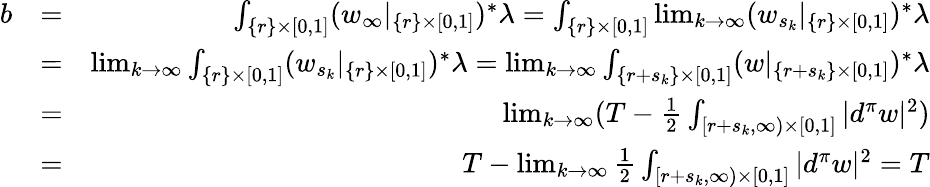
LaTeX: \begin{array}{rlr}{b}&{=}&{\int_{\{ r\} \times[0,1]}(w_{\infty}|_{\{ r\} \times[0,1]})^{*}\lambda=\int_{\{ r\} \times[0,1]}\operatorname*{lim}_{k\to\infty}(w_{s_{k}}|_{\{ r\} \times[0,1]})^{*}\lambda}\\ &{=}&{\operatorname*{lim}_{k\to\infty}\int_{\{ r\} \times[0,1]}(w_{s_{k}}|_{\{ r\} \times[0,1]})^{*}\lambda=\operatorname*{lim}_{k\to\infty}\int_{\{ r+s_{k}\} \times[0,1]}(w|_{\{ r+s_{k}\} \times[0,1]})^{*}\lambda}\\ &{=}&{\operatorname*{lim}_{k\to\infty}(T-\frac{1}{2}\int_{[r+s_{k},\infty)\times[0,1]}|d^{\pi}w|^{2})}\\ &{=}&{T-\operatorname*{lim}_{k\to\infty}\frac{1}{2}\int_{[r+s_{k},\infty)\times[0,1]}|d^{\pi}w|^{2}=T}\end{array}